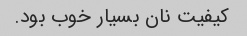
کیفیت نان بسیار خوب بود.